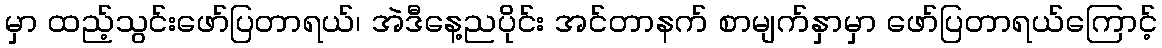
မှာ ထည့်သွင်းဖော်ပြတာရယ်၊ အဲဒီနေ့ညပိုင်း အင်တာနက် စာမျက်နှာမှာ ဖော်ပြတာရယ်ကြောင့်